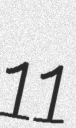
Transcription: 11